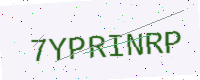
Text: 7YPRINRP